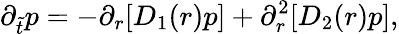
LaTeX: \partial_{\tilde{t}}p=-\partial_{r}[D_{1}(r)p]+\partial_{r}^{2}[D_{2}(r)p],